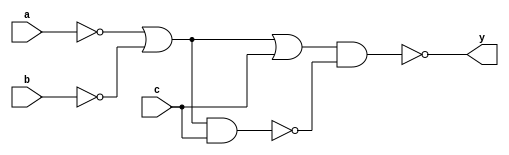
module top (a, b, c, y);
input a, b, c;
output y;

wire na, nb, n1, n4, n6, n7;

not(na, a);
not(nb, b);

or(n1, na, nb);
or(n2, n1, c);

nand(n3, n1, c);

nand(n8, n2, n3);
buf(y, n8);

endmodule